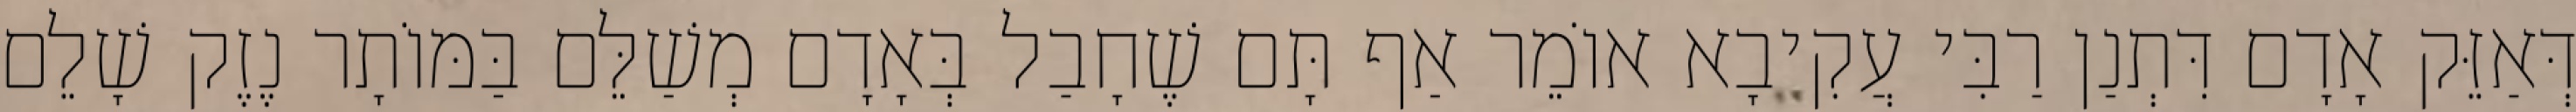
דְּאַזֵּק אָדָם דִּתְנַן רַבִּי עֲקִיבָא אוֹמֵר אַף תָּם שֶׁחָבַל בְּאָדָם מְשַׁלֵּם בַּמּוֹתָר נֶזֶק שָׁלֵם